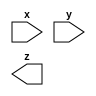
// Module A is supposed to implement the function z = (x^y) & x. Implement this module.


module top_module (input x, input y, output z);

	// Insert your code here

endmodule